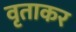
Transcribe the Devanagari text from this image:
वृताकर